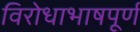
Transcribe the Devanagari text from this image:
विरोधाभाषपूर्ण